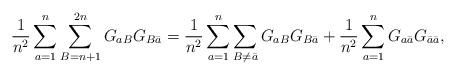
LaTeX: \begin{align*}\frac{1}{n^2} \sum_{a=1}^{n} \sum_{B=n+1}^{2n} G_{aB} G_{B \bar a}=\frac{1}{n^2} \sum_{a=1}^{n} \sum_{B\neq \bar{a}} G_{aB} G_{B \bar a} +\frac{1}{n^2} \sum_{a=1}^{n} G_{a \bar{a}} G_{\bar a \bar a},\end{align*}